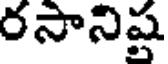
రసానిష్ట